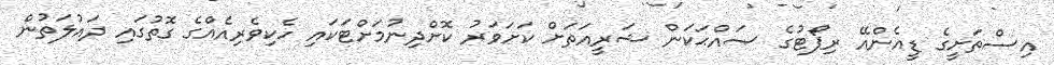
އިސްތަށީގެ ޑީއެންއޭ ރިޕޯޓުގެ ޞައްޙަކަން ޝަރީއަތަށް ކަށަވަރު ކޮށްދިނުމަށްޓަކައި ހެކިވެރިއެއްގެ ގޮތުގައި ދައުލަތުން